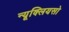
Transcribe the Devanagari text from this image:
न्यूक्लियसो